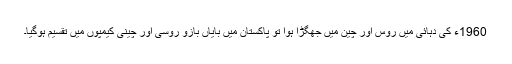
1960ء کی دہائی میں روس اور چین میں جھگڑا ہوا تو پاکستان میں بایاں بازو روسی اور چینی کیمپوں میں تقسیم ہوگیا۔